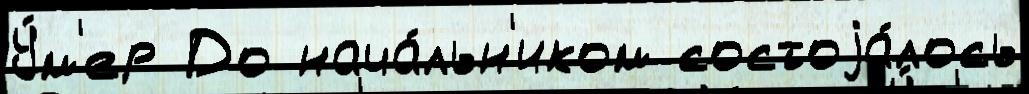
У́м'ер До нача́льн'иком состоjа́лось